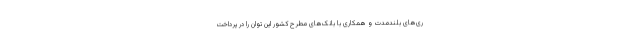
ری‌های بلندمدت و همکاری با بانک‌های مطرح کشور این توان را در پرداخت